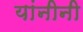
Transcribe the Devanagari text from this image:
यांनीनी